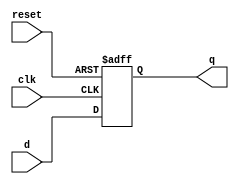
`timescale 1ns / 1ps
//////////////////////////////////////////////////////////////////////////////////
// Company: 
// Engineer: 
// 
// Design Name: 
// Module Name: pipe_reg
// Project Name: 
// Target Devices: 
// Tool Versions: 
// Description: 
// 
// Dependencies: 
// 
// Revision:
// Revision 0.01 - File Created
// Additional Comments:
// 
//////////////////////////////////////////////////////////////////////////////////


module pipe_reg #(parameter WIDTH = 8)(
    input clk, reset,
    input [WIDTH-1:0] d,
    output reg [WIDTH-1:0] q
    );
    
    always @(posedge clk or posedge reset)  
    begin   
        if(reset)   
            q <= 0;  
        else
            q <= d;  
    end  
endmodule